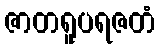
ဇာတရူပရဇတံ